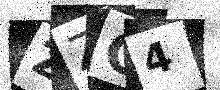
Text: ZZC4